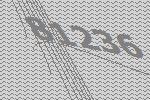
81236